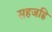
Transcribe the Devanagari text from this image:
सहजहि